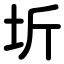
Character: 圻